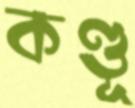
কণ্ডূ